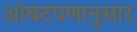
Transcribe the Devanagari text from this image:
आंबटपणानुसार